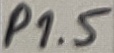
Text: P1.5